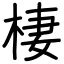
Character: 棲